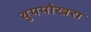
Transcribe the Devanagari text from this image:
थुपपोखरा